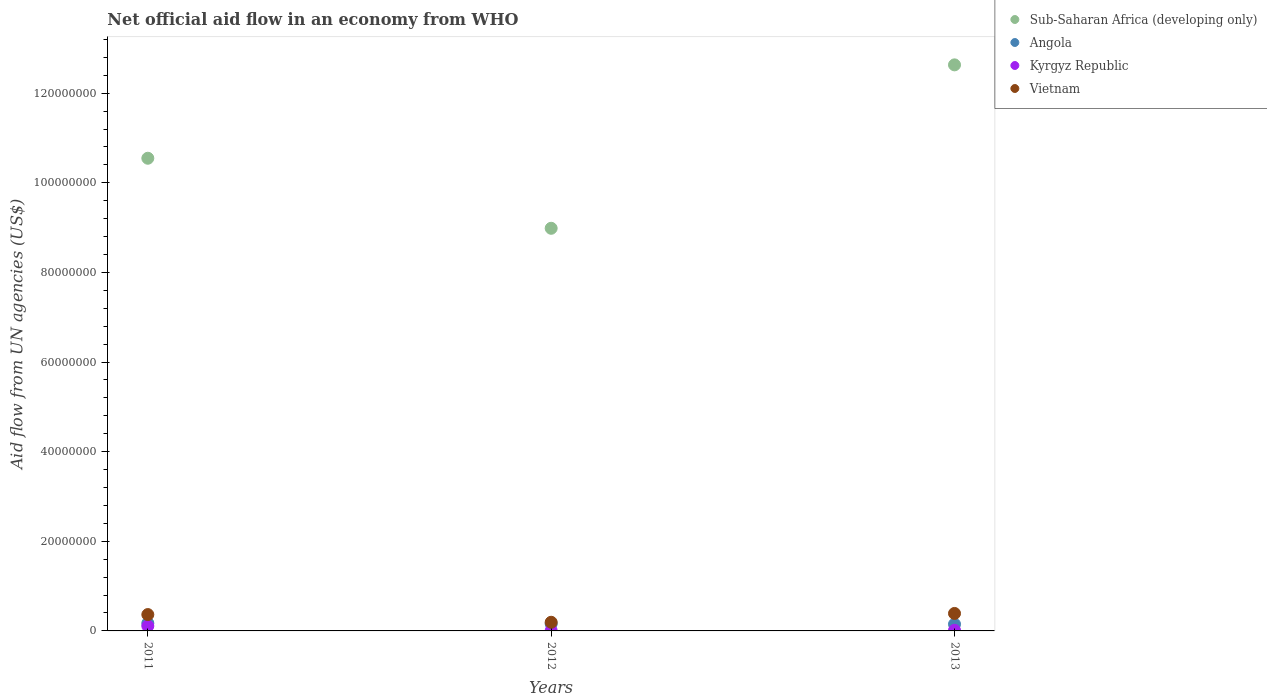
| Years | Sub-Saharan Africa (developing only) | Angola | Kyrgyz Republic | Vietnam |
 | --- | --- | --- | --- | --- |
 | 2011 | 1.05e+08 | 1.72e+06 | 1.09e+06 | 3.65e+06 |
 | 2012 | 8.98e+07 | 1.59e+06 | 8e+04 | 1.93e+06 |
 | 2013 | 1.26e+08 | 1.5e+06 | 1.4e+05 | 3.9e+06 |